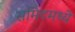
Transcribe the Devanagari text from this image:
समिटमध्ये